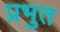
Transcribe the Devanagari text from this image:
प्रभुत